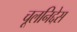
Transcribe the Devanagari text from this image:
चूलनिद्देस